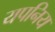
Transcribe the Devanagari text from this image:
यपनिय